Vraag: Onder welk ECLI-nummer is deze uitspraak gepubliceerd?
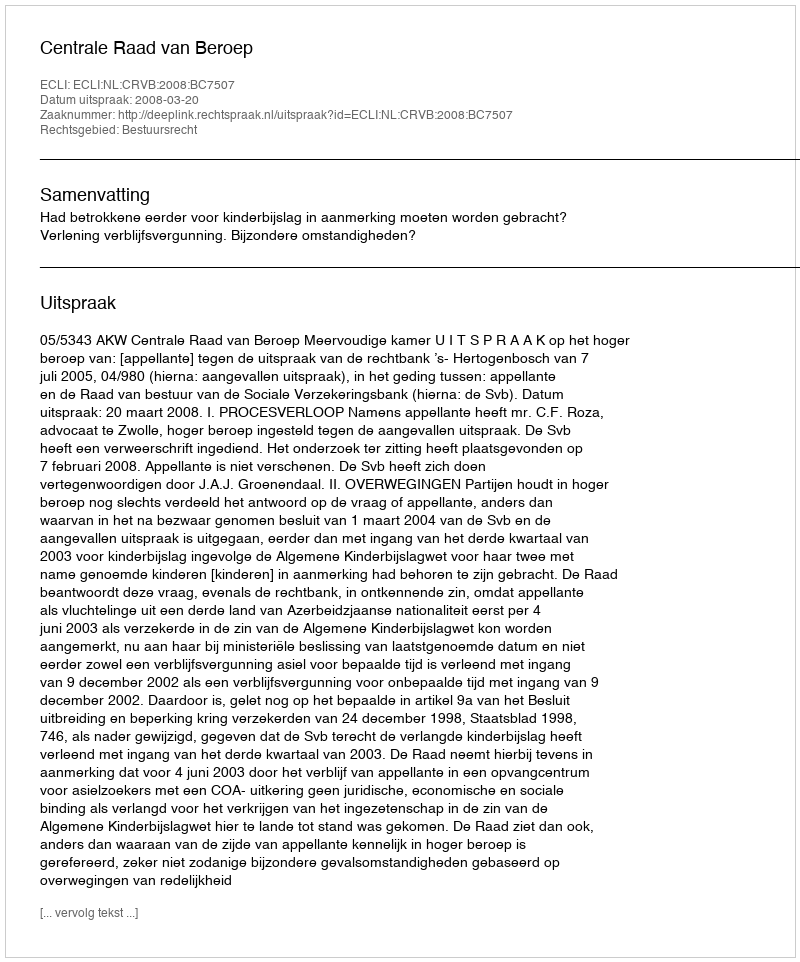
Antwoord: ECLI:NL:CRVB:2008:BC7507